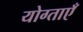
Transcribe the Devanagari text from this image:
योग्ताएँ